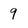
Character: q